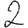
Digit: 2